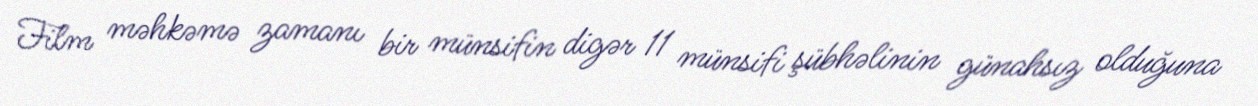
Film məhkəmə zamanı bir münsifin digər 11 münsifi şübhəlinin günahsız olduğuna